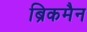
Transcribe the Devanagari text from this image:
ब्रिकमैन